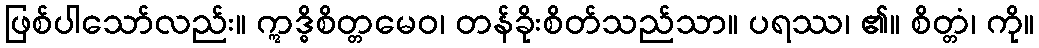
ဖြစ်ပါသော်လည်း။ ဣဒ္ဓိစိတ္တမေဝ၊ တန်ခိုးစိတ်သည်သာ။ ပရဿ၊ ၏။ စိတ္တံ၊ ကို။